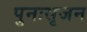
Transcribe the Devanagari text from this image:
पुनःसृजन